Note on the mental hospitals in Burma - 1925-1940
Year: 1925
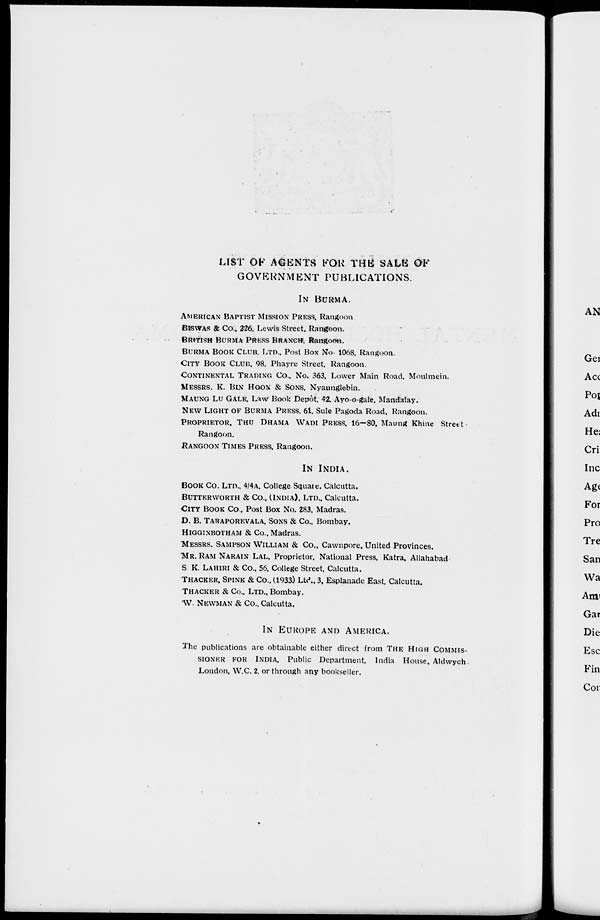
LIST OF AGENTS FOR THE SALE OF
GOVERNMENT PUBLICATIONS.
IN BURMA.
AMERICAN BAPTIST MISSION PRESS, Rangoon
BISWAS & Co., 226. Lewis Street, Rangoon.
BRITISH BURMA PRESS BRANCH, Rangoon.
BURMA BOOK CLUB. LTD., Post Box No.1068. Rangoon.
CITY BOOK CLUB, 98. Phayre Street, Rangoon.
CONTINENTAL TRADING Co., No. 363, Lower Main Road. Moulmein.
MESSRS. K. BIN HOON & SONS, Nyaunglebin.
MAUNG LU GALE, Law Book Depôt, 42, Ayo-o-gale, Mandalay.
NEW LIGHT OF BURMA PRESS, 61, Sule Pagoda Road, Rangoon.
PROPRIETOR, THU DHAMA WADI PRESS, 16—80, Maung Rhine Street,
Rangoon.
RANGOON TIMES PRESS, Rangoon.
IN INDIA.
BOOK Co., LTD., 4/4A, College Square. Calcutta.
BUTTERWORTH & Co., (INDIA), LTD., Calcutta.
CITY BOOK Co., Post Box No. 283, Madras.
D. B. TARAPOREVALA, SONS & Co., Bombay.
HIGGINBOTHAM & Co., Madras.
MESSRS. SAMPSON WILLIAM & Co., Cawnpore, United Provinces.
MR. RAM NARAIN LAL. Proprietor, National Press, Katra, Allahabad.
S. K. LAHIRI & Co., 56, College Street, Calcutta.
THACKER, SPINK & Co., (1933) Ltd., 3, Esplanade East, Calcutta.
THACKER & Co., LTD., Bombay.
W. NEWMAN & Co., Calcutta.
IN EUROPE AND AMERICA.
The publications are obtainable either direct from THE HIGH COMMIS-
------ FOR INDIA, Public Department, India House, Aldwych.
London, W.C. 2. or through any bookseller.